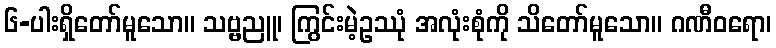
၆-ပါးရှိတော်မူသော။ သဗ္ဗညူ၊ ကြွင်းမဲ့ဥဿုံ အလုံးစုံကို သိတော်မူသော။ ဂဏီဝရော၊